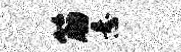
筋悬